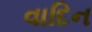
વાદિન